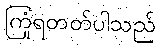
ကြုံရတတ်ပါသည်